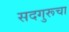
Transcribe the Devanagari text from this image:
सदगुरूचा